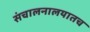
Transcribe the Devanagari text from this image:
संचालनालयातच